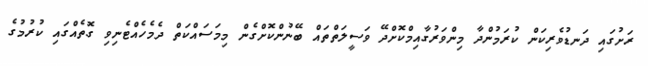
ރަށުގައި ދަނޑުވެރިކަން ކުރަމުންދާ މިންވަރުގާއިމްކޮށްދޭ ވަސީލަތްތައް ބޭނުންކޮށްގެން މިމަސައްކަތް ދެމެހެއްޓެނިވި ގޮތެއްގައި ކުރުމުގެ